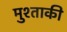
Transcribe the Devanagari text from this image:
मुश्ताकी